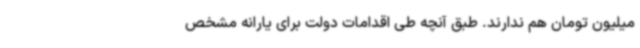
میلیون تومان هم ندارند. طبق آنچه طی اقدامات دولت برای یارانه مشخص